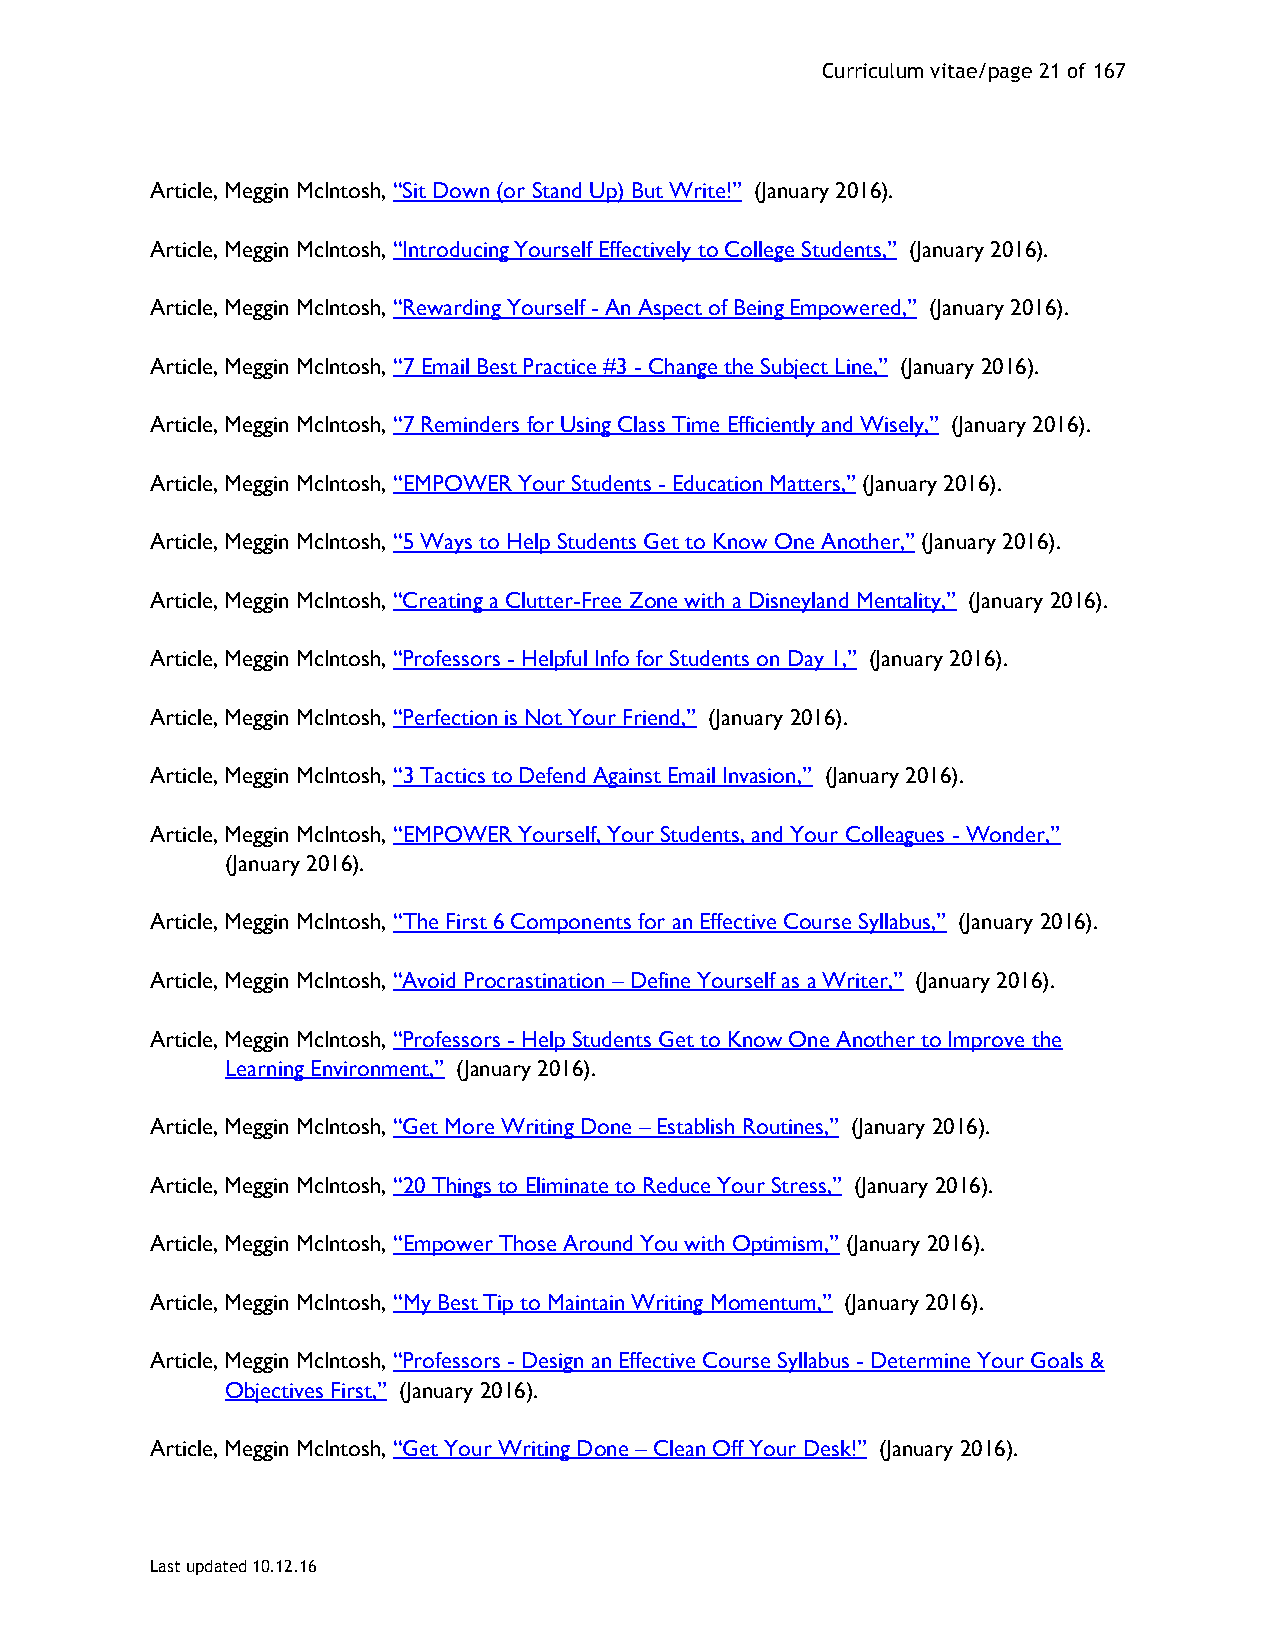
Curriculum vitae/page 21 of 167
 Article, Meggin McIntosh, “Sit Down (or Stand Up) But Write!” (January 2016).
 Article, Meggin McIntosh, “Introducing Yourself Effectively to College Students,” (January 2016).
 Article, Meggin McIntosh, “Rewarding Yourself - An Aspect of Being Empowered,” (January 2016).
 Article, Meggin McIntosh, “7 Email Best Practice #3 - Change the Subject Line,” (January 2016).
 Article, Meggin McIntosh, “7 Reminders for Using Class Time Efficiently and Wisely,” (January 2016).
 Article, Meggin McIntosh, “EMPOWER Your Students - Education Matters,” (January 2016).
 Article, Meggin McIntosh, “5 Ways to Help Students Get to Know One Another,” (January 2016).
 Article, Meggin McIntosh, “Creating a Clutter-Free Zone with a Disneyland Mentality,” (January 2016).
 Article, Meggin McIntosh, “Professors - Helpful Info for Students on Day 1,” (January 2016).
 Article, Meggin McIntosh, “Perfection is Not Your Friend,” (January 2016).
 Article, Meggin McIntosh, “3 Tactics to Defend Against Email Invasion,” (January 2016).
 Article, Meggin McIntosh, “EMPOWER Yourself, Your Students, and Your Colleagues - Wonder,”
 (January 2016).
 Article, Meggin McIntosh, “The First 6 Components for an Effective Course Syllabus,” (January 2016).
 Article, Meggin McIntosh, “Avoid Procrastination – Define Yourself as a Writer,” (January 2016).
 Article, Meggin McIntosh, “Professors - Help Students Get to Know One Another to Improve the
 Learning Environment,” (January 2016).
 Article, Meggin McIntosh, “Get More Writing Done – Establish Routines,” (January 2016).
 Article, Meggin McIntosh, “20 Things to Eliminate to Reduce Your Stress,” (January 2016).
 Article, Meggin McIntosh, “Empower Those Around You with Optimism,” (January 2016).
 Article, Meggin McIntosh, “My Best Tip to Maintain Writing Momentum,” (January 2016).
 Article, Meggin McIntosh, “Professors - Design an Effective Course Syllabus - Determine Your Goals &
 Objectives First,” (January 2016).
 Article, Meggin McIntosh, “Get Your Writing Done – Clean Off Your Desk!” (January 2016).
 Last updated 10.12.16